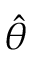
\hat { \theta }